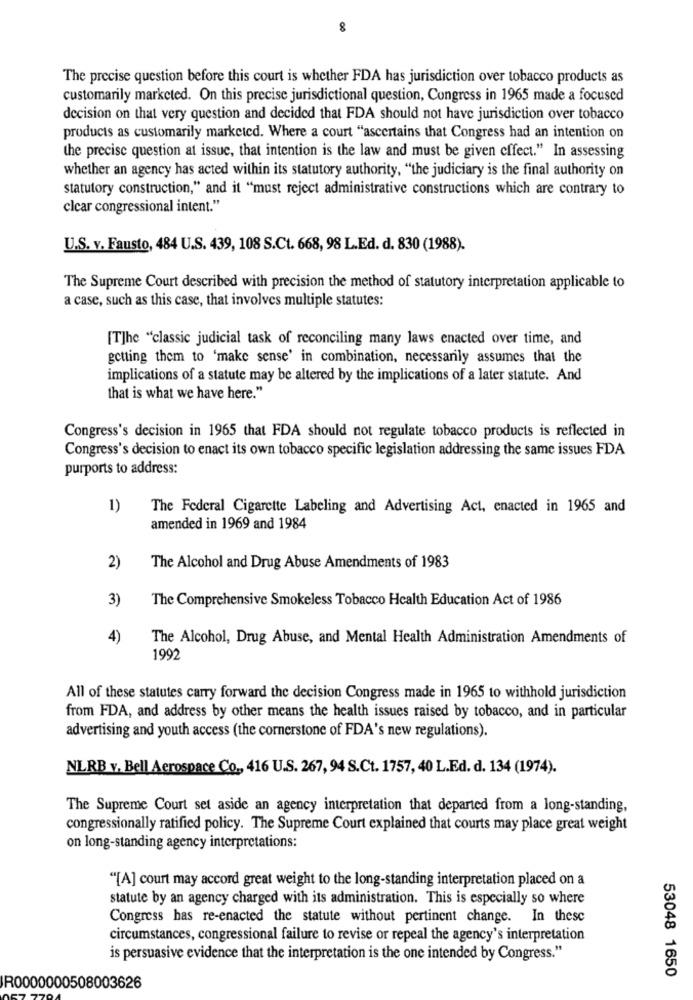
The precise question before this court is whether FDA has jurisdiction over tobacco products as
customarily marketed. On this precise jurisdictional question, Congress in 1965 made a focused
decision on that very question and decided that FDA should not have jurisdiction over tobacco
products as customarily marketed. Where a court "ascertains that Congress had an intention on
the precise question at issue, that intention is the law and must be given effect." In assessing
whether an agency has acted within its statutory authority, "the judiciary is the final authority on
statutory construction," and it "must reject administrative constructions which are contrary to
clear congressional intent."
U.S. v. Fausto, 484 U.S. 439, 108 S.Ct. 668, 98 L.Ed. d. 830 (1988).
The Supreme Court described with precision the method of statutory interpretation applicable to
a case, such as this case, that involves multiple statutes:
[T]he "classic judicial task of reconciling many laws enacted over time, and
getting them to 'make sense' in combination, necessarily assumes that the
implications of a statute may be altered by the implications of a later statute. And
that is what we have here."
Congress's decision in 1965 that FDA should not regulate tobacco products is reflected in
Congress's decision to enact its own tobacco specific legislation addressing the same issues FDA
purports to address:
1)
The Federal Cigarette Labeling and Advertising Act, enacted in 1965 and
amended in 1969 and 1984
2)
The Alcohol and Drug Abuse Amendments of 1983
3)
The Comprehensive Smokeless Tobacco Health Education Act of 1986
4)
The Alcohol, Drug Abuse, and Mental Health Administration Amendments of
1992
All of these statutes carry forward the decision Congress made in 1965 to withhold jurisdiction
from FDA, and address by other means the health issues raised by tobacco, and in particular
advertising and youth access (the cornerstone of FDA's new regulations).
NLRB v. Bell Aerospace Co ., 416 U.S. 267, 94 S.Ct. 1757, 40 L.Ed. d. 134 (1974).
The Supreme Court set aside an agency interpretation that departed from a long-standing,
congressionally ratified policy. The Supreme Court explained that courts may place great weight
on long-standing agency interpretations:
"[A] court may accord great weight to the long-standing interpretation placed on a
statute by an agency charged with its administration. This is especially so where
Congress has re-enacted the statute without pertinent change. In thesc
circumstances, congressional failure to revise or repeal the agency's interpretation
is persuasive evidence that the interpretation is the one intended by Congress."
53048 1650
R0000000508003626